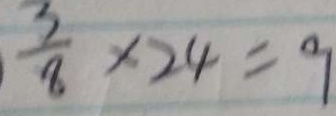
\frac { 3 } { 8 } \times 2 4 = 9